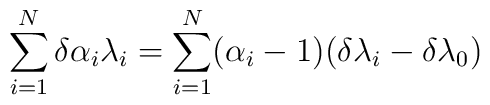
\sum_{i=1}^{N} \delta \alpha_{i} \lambda_{i} = \sum_{i=1}^{N}(\alpha_i-1)( \delta \lambda_{i} - \delta \lambda_{0})